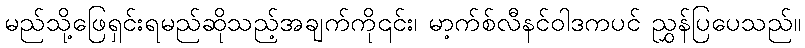
မည်သို့ဖြေရှင်းရမည်ဆိုသည့်အချက်ကို၎င်း၊ မာ့က်စ်လီနင်ဝါဒကပင် ညွှန်ပြပေသည်။